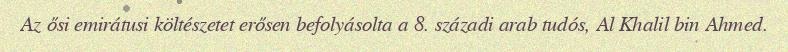
Az ősi emirátusi költészetet erősen befolyásolta a 8. századi arab tudós, Al Khalil bin Ahmed.